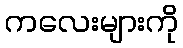
ကလေးများကို